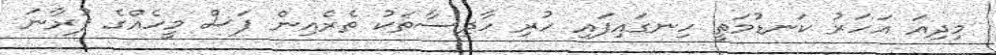
މިދިއަ އަހަރު ކަނޑުމަތީ ހިނގައިފައި ހުރި ހާދިސާތަކު ތެރެއިން ފަސް މީހެއްގެ ފުރާނަ